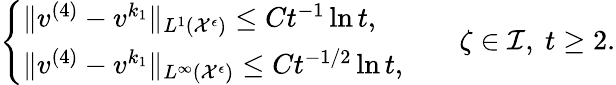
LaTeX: \begin{array}{r}{\left\{ \begin{array}{ll}{\| v^{(4)}-v^{k_{1}}\| _{L^{1}(\mathcal{X}^{\epsilon})}\leq Ct^{-1}\ln t,}\\ {\| v^{(4)}-v^{k_{1}}\| _{L^{\infty}(\mathcal{X}^{\epsilon})}\leq Ct^{-1/2}\ln t,}\end{array}\right.\qquad\zeta\in\mathcal{I},\ t\geq 2.}\end{array}